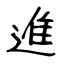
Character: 進